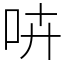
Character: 𠱥